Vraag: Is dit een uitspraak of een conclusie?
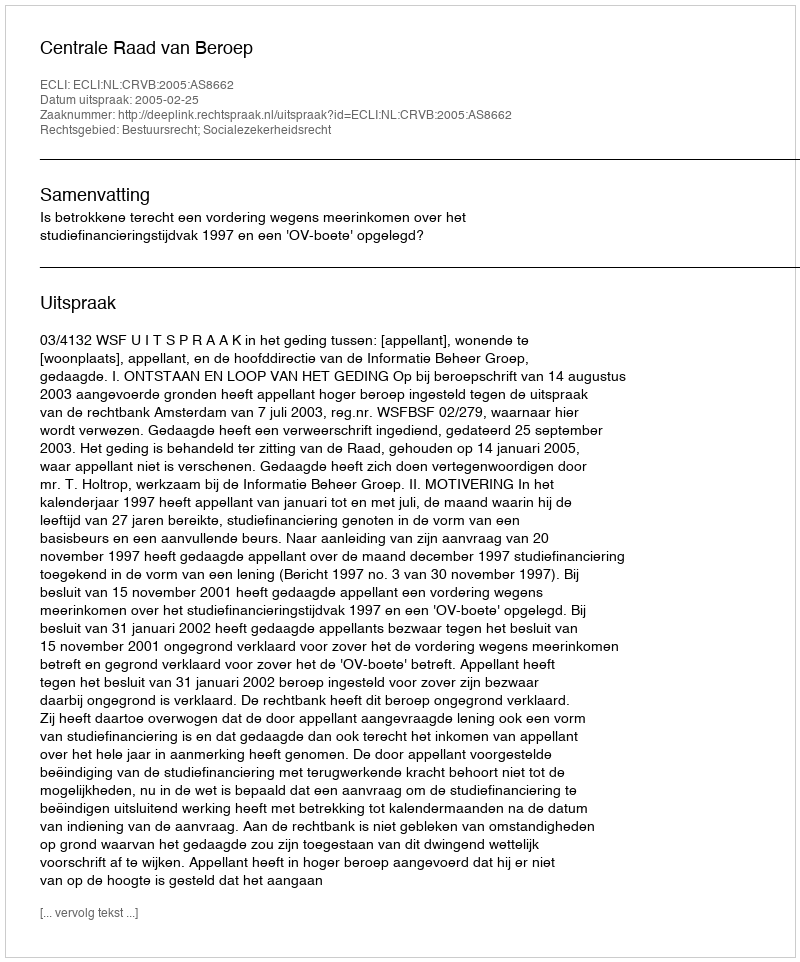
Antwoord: Uitspraak